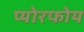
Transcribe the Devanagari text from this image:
प्योरफोय